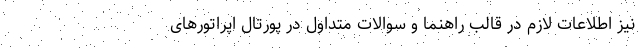
نیز اطلاعات لازم در قالب راهنما و سوالات متداول در پورتال اپراتورهای